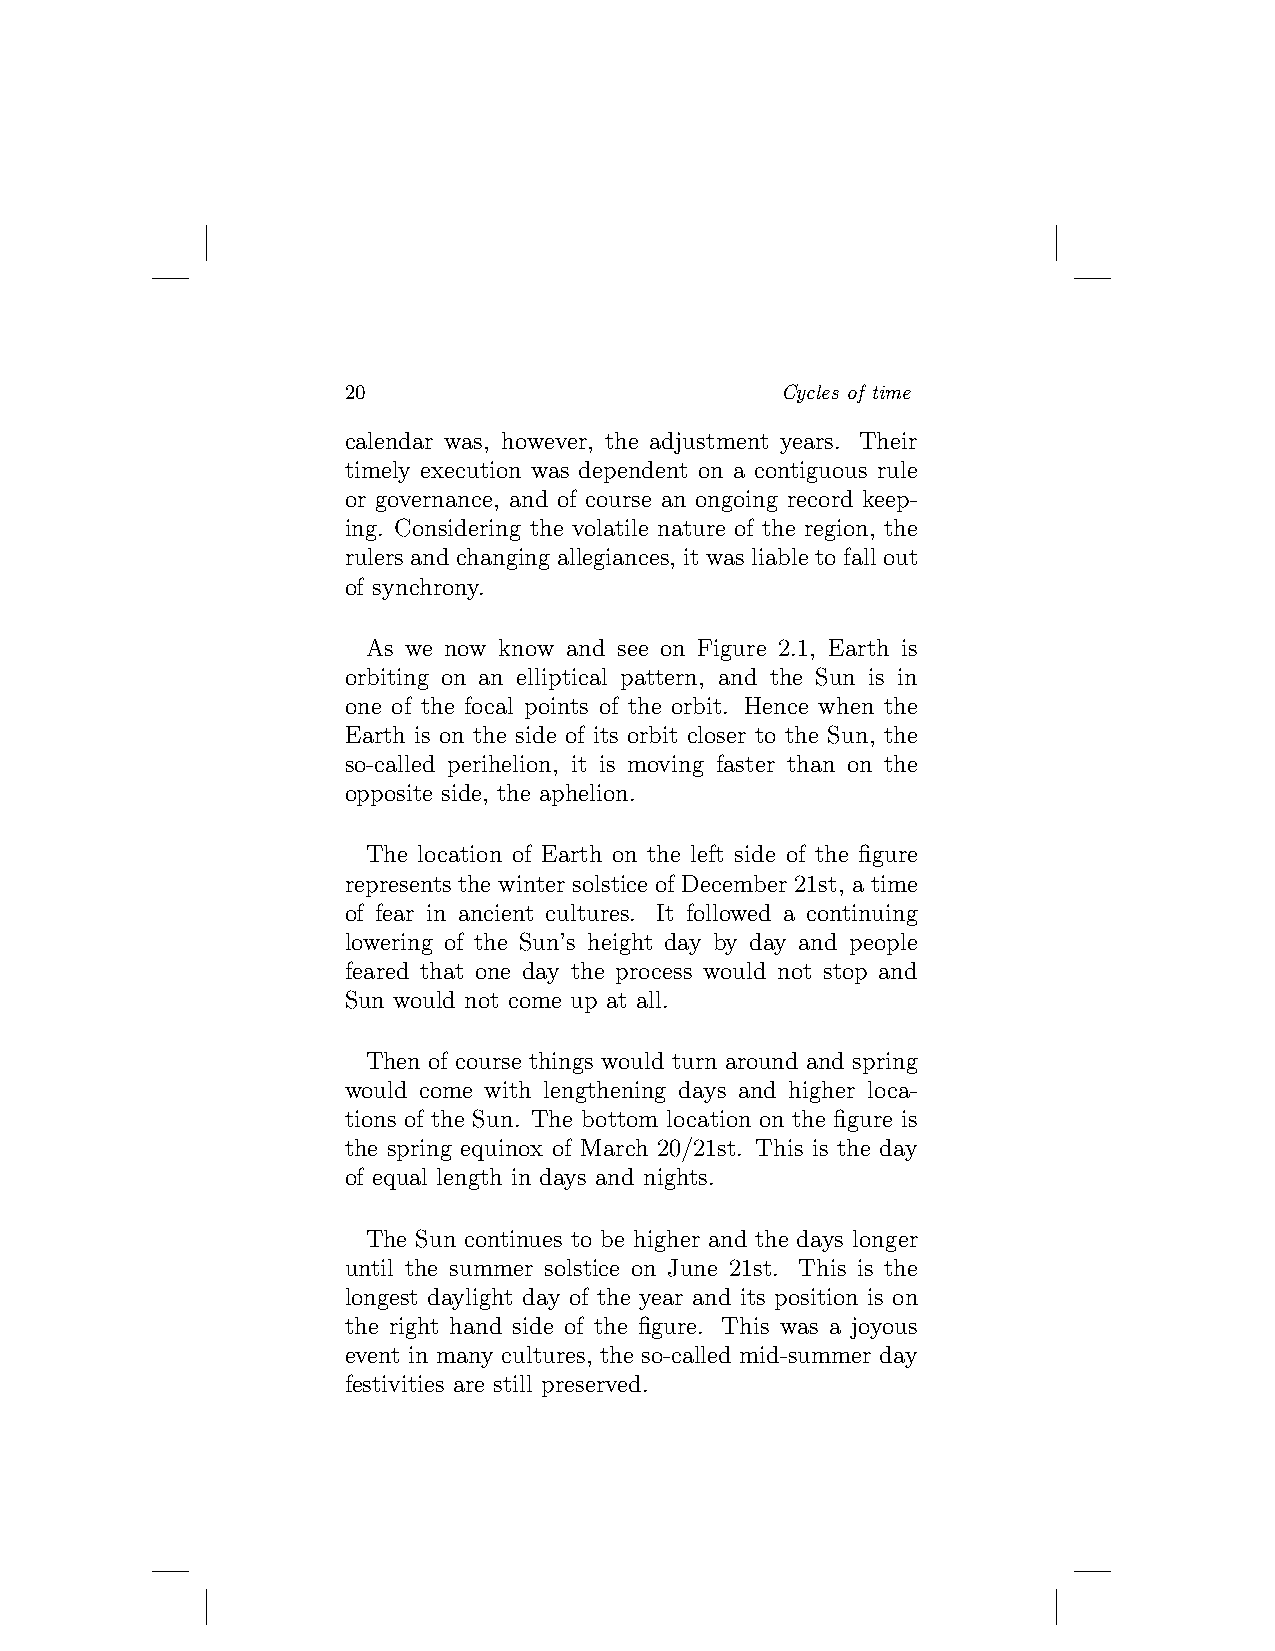
20                           Cycles of time
 calendar was, however, the adjustment years. Their
 timely execution was dependent on a contiguous rule
 or governance, and of course an ongoing record keep-
 ing. Considering the volatile nature of the region, the
 rulers and changing allegiances, it was liable to fall out
 of synchrony.
 As we now know and see on Figure 2.1, Earth is
 orbiting on an elliptical pattern, and the Sun is in
 one of the focal points of the orbit. Hence when the
 Earth is on the side of its orbit closer to the Sun, the
 so-called perihelion, it is moving faster than on the
 opposite side, the aphelion.
 The location of Earth on the left side of the figure
 represents the winter solstice of December 21st, a time
 of fear in ancient cultures. It followed a continuing
 lowering of the Sun’s height day by day and people
 feared that one day the process would not stop and
 Sun would not come up at all.
 Then of course things would turn around and spring
 would come with lengthening days and higher loca-
 tions of the Sun. The bottom location on the figure is
 the spring equinox of March 20/21st. This is the day
 of equal length in days and nights.
 The Sun continues to be higher and the days longer
 until the summer solstice on June 21st. This is the
 longest daylight day of the year and its position is on
 the right hand side of the figure. This was a joyous
 event in many cultures, the so-called mid-summer day
 festivities are still preserved.